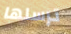
ترسلها